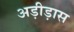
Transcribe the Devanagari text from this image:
अड़ीड़ास